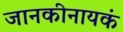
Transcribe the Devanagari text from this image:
जानकीनायकं